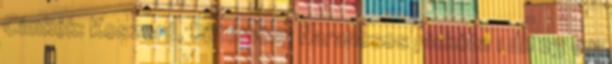
Címkék: Koszorú, Sütemény Narancsos piskóta 1 db 23 cm